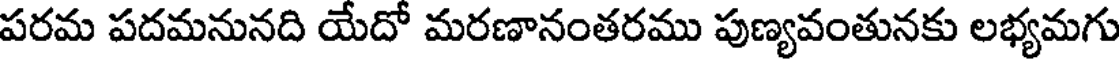
పరమ పదమనునది యేదో మరణానంతరము పుణ్యవంతునకు లభ్యమగు